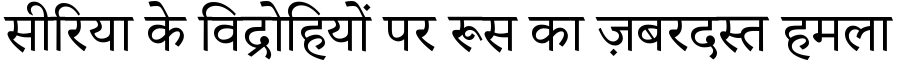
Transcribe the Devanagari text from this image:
सीरिया के विद्रोहियों पर रूस का ज़बरदस्त हमला